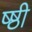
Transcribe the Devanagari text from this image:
ष्ष्ठी